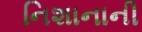
નિશાનાની